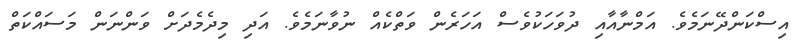
އިސްކަންދޭނަމެވެ. އަމްނާއާއި ދުވަހަކުވެސް އަހަރެން ވަތްކެއް ނުވާނަމެވެ. އަދި މިދެމެދަށް ވަންނަން މަސައްކަތް